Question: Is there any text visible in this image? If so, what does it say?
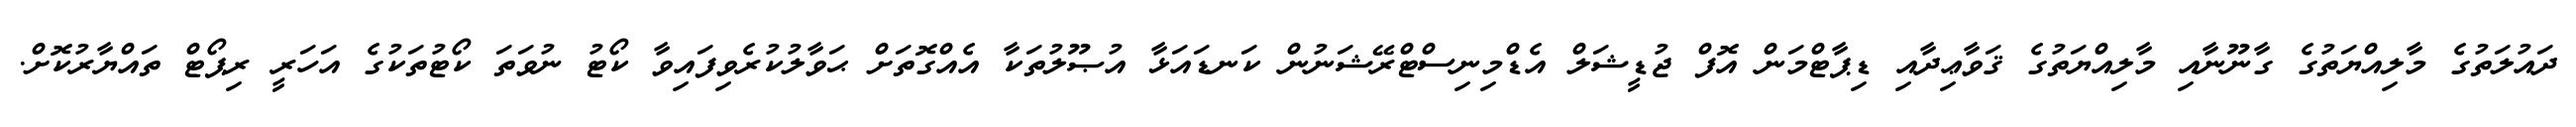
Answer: ދައުލަތުގެ މާލިއްޔަތުގެ ގާނޫނާއި މާލިއްޔަތުގެ ޤަވާޢިދާއި ޑިޕާޓްމަން އޮފް ޖުޑީޝަލް އެޑްމިނިސްޓްރޭޝަނުން ކަނޑައަޅާ އުޞޫލުތަކާ އެއްގޮތަށް ޙަވާލުކުރެވިފައިވާ ކޯޓު ނުވަތަ ކޯޓުތަކުގެ އަހަރީ ރިޕޯޓް ތައްޔާރުކޮށް.